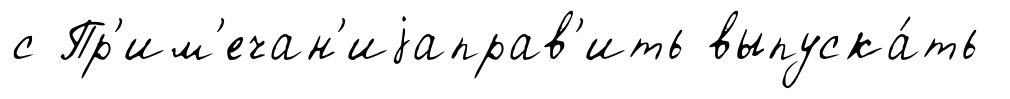
с Пр'им'ечан'иjаправ'ить выпуска́ть